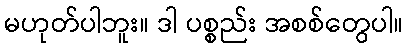
မဟုတ်ပါဘူး။ ဒါ ပစ္စည်း အစစ်တွေပါ။